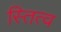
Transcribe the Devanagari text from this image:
स्तित्व